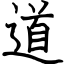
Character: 道